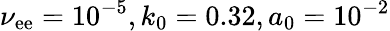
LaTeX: \nu_{\mathrm{e}\mathrm{e}}=10^{-5},k_{0}=0.32,a_{0}=10^{-2}